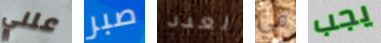
علني صبر لعدد في يجب